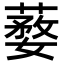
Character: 𦺒